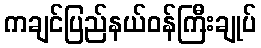
ကချင်ပြည်နယ်ဝန်ကြီးချုပ်